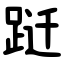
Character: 跹